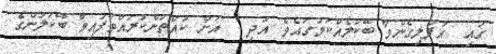
ގައި  އުފުލިގެންވާ ބޭކަލެއްކަމުގައެވެ. އަދި   އަށް ކުއްތަންކުރައްވާފައިވާ ބޭކަލުންގެ